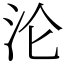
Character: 沦